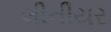
લીનીયર